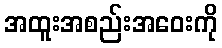
အထူးအစည်းအဝေးကို